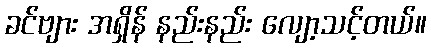
ခင်ဗျား အရှိန် နည်းနည်း လျော့သင့်တယ်။